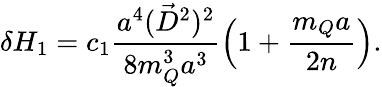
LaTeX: \delta H_{1}=c_{1}\frac{a^{4}(\vec{D}^{2})^{2}}{8m_{Q}^{3}a^{3}}\left(1+\frac{m_{Q}a}{2n}\right).